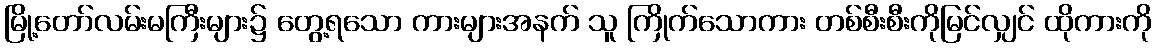
မြို့တော်လမ်းမကြီးများ၌ တွေ့ရသော ကားများအနက် သူ ကြိုက်သောကား တစ်စီးစီးကိုမြင်လျှင် ထိုကားကို